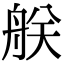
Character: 𦨶